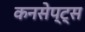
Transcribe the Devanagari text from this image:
कनसेप्ट्स